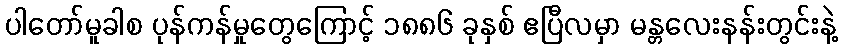
ပါတော်မူခါစ ပုန်ကန်မှုတွေကြောင့် ၁၈၈၆ ခုနှစ် ဧပြီလမှာ မန္တလေးနန်းတွင်းနဲ့